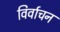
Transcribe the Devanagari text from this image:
विर्वाचन